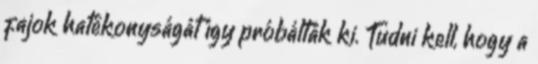
fajok hatékonyságát így próbálták ki. Tudni kell, hogy a